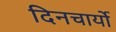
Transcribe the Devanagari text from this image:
दिनचार्यो